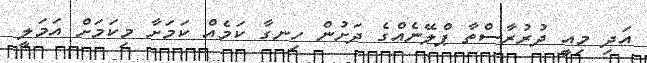
އަދި މިއީ ދުރުރާސްތާ ޕްލޭނެއްގެ ދަށުން ހިނގާ ކަމެއް ކަމަށާ މިކަމަށް އަމަލީ